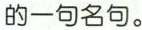
的一句名句。